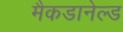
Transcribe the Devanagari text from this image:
मैकडानेल्ड